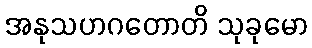
အနုသဟဂတောတိ သုခုမော